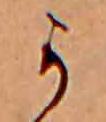
か